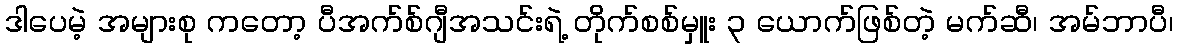
ဒါပေမဲ့ အများစု ကတော့ ပီအက်စ်ဂျီအသင်းရဲ့ တိုက်စစ်မှူး ၃ ယောက်ဖြစ်တဲ့ မက်ဆီ၊ အမ်ဘာပီ၊